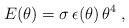
LaTeX: \begin{align*} E(\theta)=\sigma\,\epsilon(\theta)\,\theta^4\; ,\end{align*}